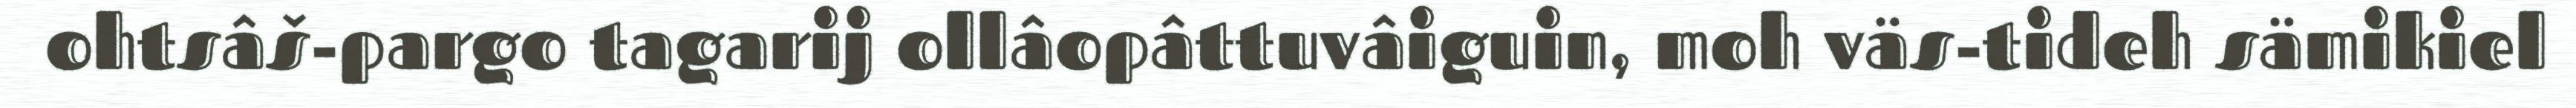
ohtsâš-pargo tagarij ollâopâttuvâiguin, moh väs-tideh sämikiel